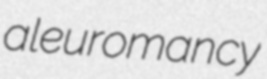
aleuromancy